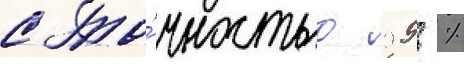
с то́чностью 99 %